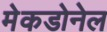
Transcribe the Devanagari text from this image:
मेकडोनेल